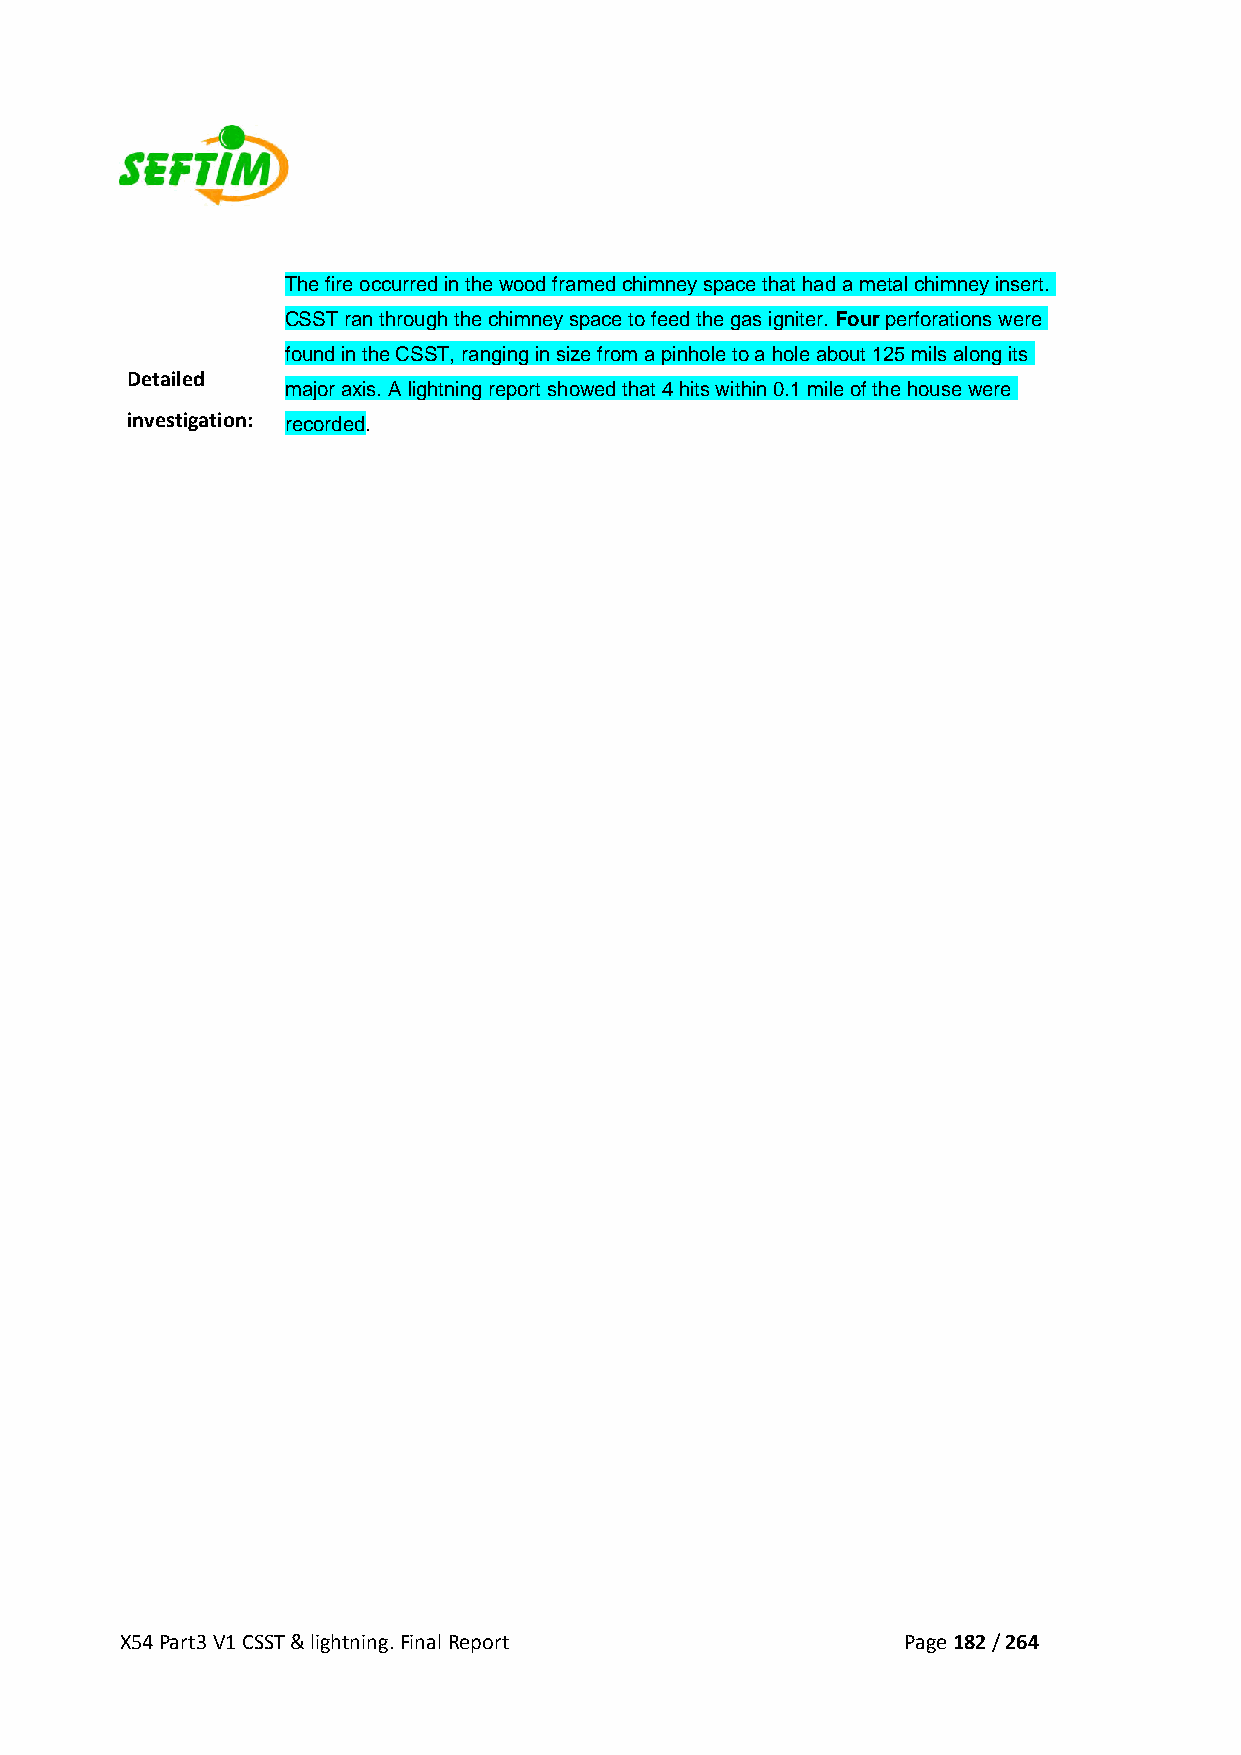
The fire occurred in the wood framed chimney space that had a metal chimney insert.
 CSST ran through the chimney space to feed the gas igniter. Four perforations were
 found in the CSST, ranging in size from a pinhole to a hole about 125 mils along its
 Detailed
 major axis. A lightning report showed that 4 hits within 0.1 mile of the house were
 investigation: recorded.
 X54 Part3 V1 CSST & lightning. Final Report         Page 182 / 264